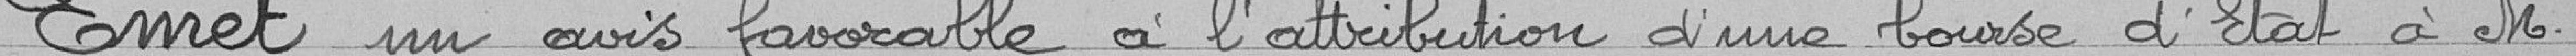
Emet un avis favorable à l'attribution d'une bourse d'Etat à Monsieur